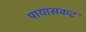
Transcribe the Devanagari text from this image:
पायासकट